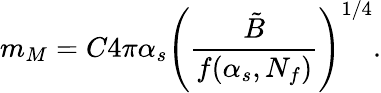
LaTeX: m_{M}=C4\pi\alpha_{s}\Biggl({\frac{\tilde{B}}{f(\alpha_{s},N_{f})}}\Biggr)^{1/4}.